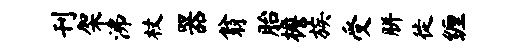
刊架沸杖器翁胎檐族受胼徙缠